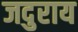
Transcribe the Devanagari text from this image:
जदुराय